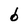
Character: b